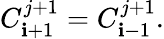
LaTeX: C_{\mathbf{i}+1}^{j+1}=C_{\mathbf{i}-1}^{j+1}.